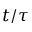
t / { \tau }